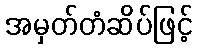
အမှတ်တံဆိပ်ဖြင့်